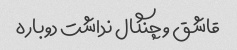
قاشق و چنگال نداشت دوباره